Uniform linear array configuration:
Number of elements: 64
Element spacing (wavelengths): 0.25
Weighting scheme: binomial
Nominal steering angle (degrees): -45
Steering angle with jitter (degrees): -43.712
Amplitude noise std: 0.05
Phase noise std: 0.05

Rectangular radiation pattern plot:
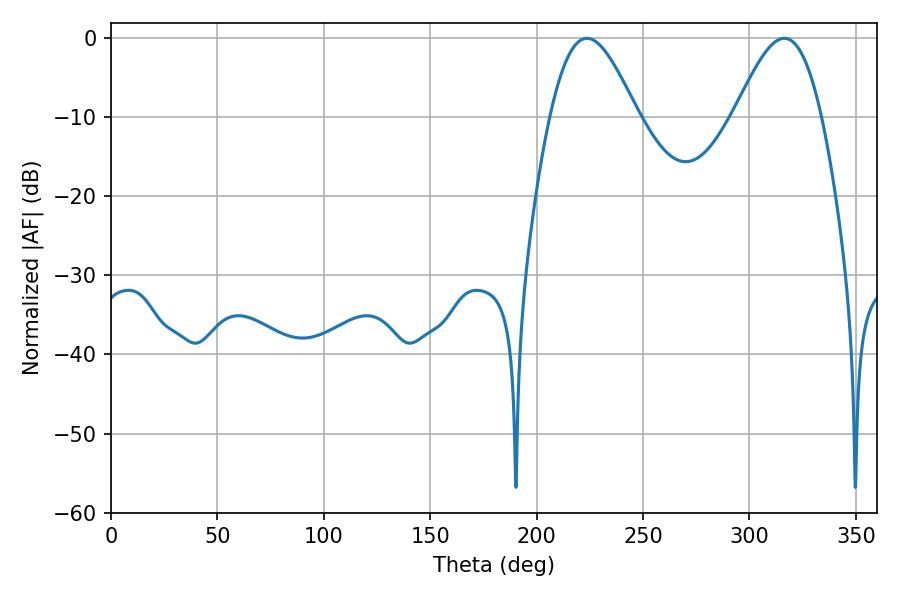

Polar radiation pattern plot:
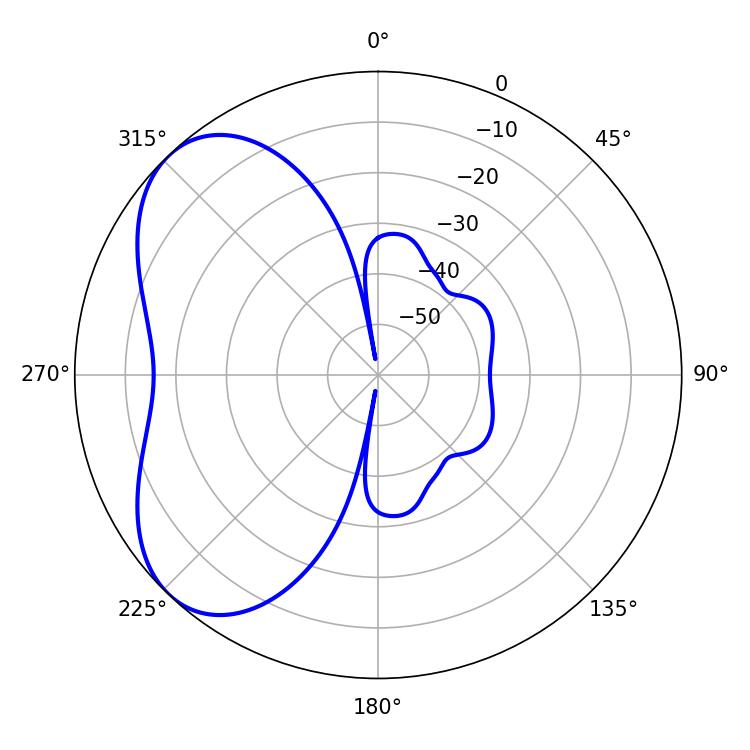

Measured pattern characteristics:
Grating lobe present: FALSE
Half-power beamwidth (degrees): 21.96
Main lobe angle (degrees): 223.56